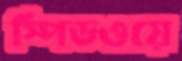
স্পিডওয়ে